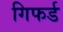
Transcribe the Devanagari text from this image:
गिफर्ड